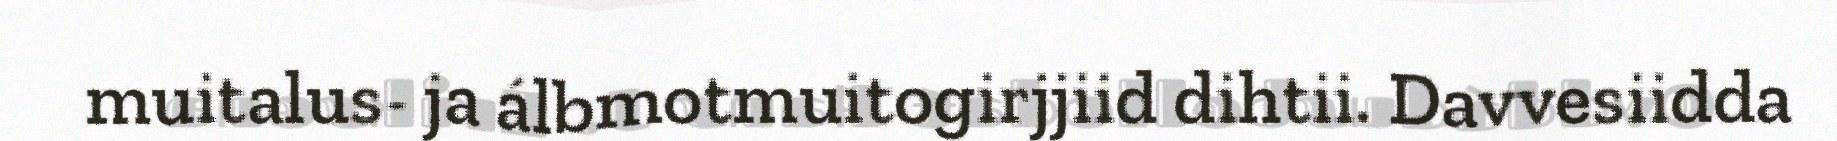
muitalus- ja álbmotmuitogirjjiid dihtii. Davvesiidda